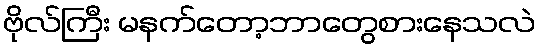
ဗိုလ်ကြီး မနက်တော့ဘာတွေစားနေသလဲ